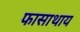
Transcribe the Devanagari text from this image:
फासाथाय